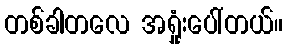
တစ်ခါတလေ အရှုံးပေါ်တယ်။